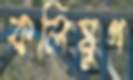
কলিযুগ